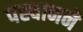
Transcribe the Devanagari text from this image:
पह्चानने